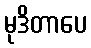
မုဒိတာပေ